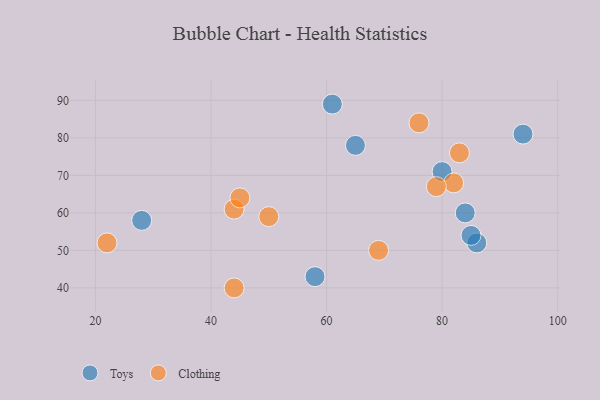
{"axis": {"x": "GDP", "y": "Life Expectancy"}, "legend": ["Clothing", "Toys"], "data": [{"x": "61", "y": 89, "type": "Toys"}, {"x": "65", "y": 78, "type": "Toys"}, {"x": "80", "y": 71, "type": "Toys"}, {"x": "86", "y": 52, "type": "Toys"}, {"x": "28", "y": 58, "type": "Toys"}, {"x": "85", "y": 54, "type": "Toys"}, {"x": "84", "y": 60, "type": "Toys"}, {"x": "94", "y": 81, "type": "Toys"}, {"x": "58", "y": 43, "type": "Toys"}, {"x": "22", "y": 52, "type": "Clothing"}, {"x": "82", "y": 68, "type": "Clothing"}, {"x": "79", "y": 67, "type": "Clothing"}, {"x": "76", "y": 84, "type": "Clothing"}, {"x": "44", "y": 61, "type": "Clothing"}, {"x": "69", "y": 50, "type": "Clothing"}, {"x": "44", "y": 40, "type": "Clothing"}, {"x": "45", "y": 64, "type": "Clothing"}, {"x": "83", "y": 76, "type": "Clothing"}, {"x": "50", "y": 59, "type": "Clothing"}]}